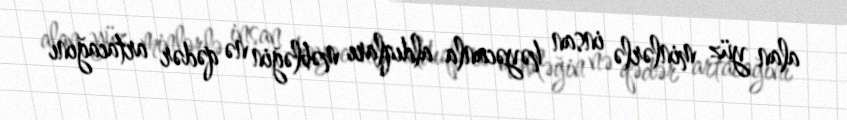
alan yüz minlərlə insan həyəcanla aldıqları məbləğin nə qədər artacağını